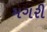
મગરી